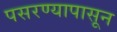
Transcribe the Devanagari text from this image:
पसरण्यापासून